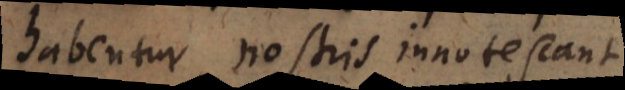
habentur, nostris innotescant